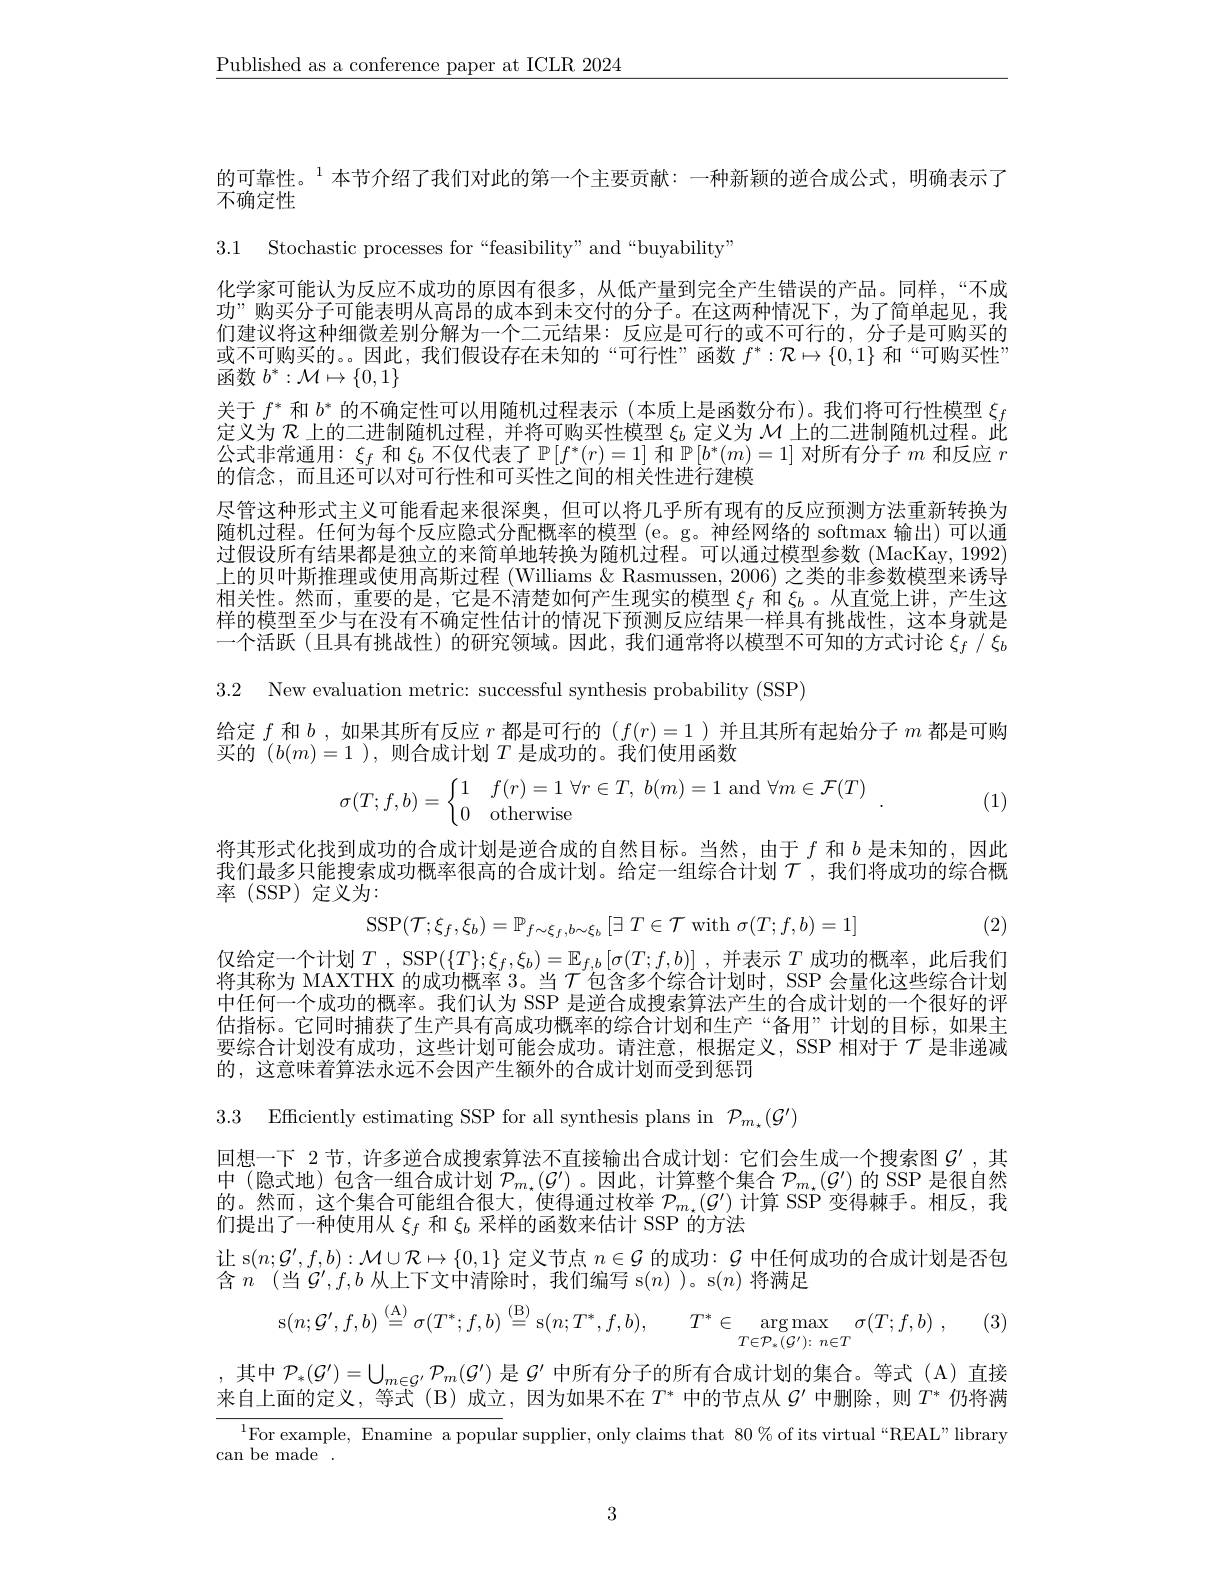
$\underline{\text{Published as a conference paper at ICLR 2024}}$

的可靠性。$^{1}$本节介绍了我们对此的第一个主要贡献：一种新颖的逆合成公式，明确表示了
不确定性

3.1 Stochastic processes for“feasibility”and“buyability”

化学家可能认为反应不成功的原因有很多，从低产量到完全产生错误的产品。同样，“不成功”购买分子可能表明从高昂的成本到未交付的分子。在这两种情况下，为了简单起见，我们建议将这种细微差别分解为一个二元结果：反应是可行的或不可行的，分子是可购买的或不可购买的。。因此，我们假设存在未知的“可行性”函数$f^*:\mathcal{R}\mapsto\{0,1\}$和“可购买性” 函数$b^*:\mathcal{M}\mapsto\{0,1\}$
关于$f^*$和$b^*$的不确定性可以用随机过程表示 (本质上是函数分布)。我们将可行性模型$\xi_f$ 定义为$\mathcal{R}$上的二进制随机过程，并将可购买性模型$\xi_b$定义为$\mathcal{M}$上的二进制随机过程。此公式非常通用$:\xi_f$和$\xi_b$不仅代表了$\mathbb{P}[f^*(r)=1]$和$\mathbb{P}[b^*(m)=1]$对所有分子$m$和反应$r$ 的信念，而且还可以对可行性和可买性之间的相关性进行建模
尽管这种形式主义可能看起来很深奥，但可以将几乎所有现有的反应预测方法重新转换为随机过程。任何为每个反应隐式分配概率的模型(e。g。神经网络的 softmax 输出)可以通过假设所有结果都是独立的来简单地转换为随机过程。可以通过模型参数(MacKay,1992) 上的贝叶斯推理或使用高斯过程 (Williams & Rasmussen, 2006) 之类的非参数模型来诱导相关性。然而，重要的是，它是不清楚如何产生现实的模型$\xi_f$和$\xi_b$ 。从直觉上讲，产生这样的模型至少与在没有不确定性估计的情况下预测反应结果一样具有挑战性，这本身就是一个活跃 (且具有挑战性)的研究领域。因此，我们通常将以模型不可知的方式讨论$\xi_f/\xi_b$

3.2 New evaluation metric: successful synthesis probability (SSP)

给定$f$和$b$,如果其所有反应$r$都是可行的$(f(r)=1$ )并且其所有起始分子$m$都是可购
买的$(b(m)=1$ ),则合成计划$T$是成功的。我们使用函数
$$\sigma(T;f,b)=\begin{cases}1&f(r)=1\:\forall r\in T,\:b(m)=1\:\text{and}\forall m\in\mathcal{F}(T)\\0&\text{otherwise}\end{cases}.$$
(1)

将其形式化找到成功的合成计划是逆合成的自然目标。当然，由于$f$和$b$是未知的，因此我们最多只能搜索成功概率很高的合成计划。给定一组综合计划$\mathcal{T}$ ,我们将成功的综合概率(SSP)定义为：
$$\mathrm{SSP}(\mathcal{T};\xi_{f},\xi_{b})=\mathbb{P}_{f\sim\xi_{f},b\sim\xi_{b}}\left[\exists\:T\in\mathcal{T}\:\mathrm{with}\:\sigma(T;f,b)=1\right]$$
(2)

仅给定一个计划$T$ , SSP$(\{T\};\xi_f,\xi_b)=\mathbb{E}_{f,b}\left[\sigma(T;f,b)\right]$ ,并表示 $T$ 成功的概率，此后我们将其称为 MAXTHX 的成功概率 3。当$\mathcal{T}$包含多个综合计划时，SSP 会量化这些综合计划中任何一个成功的概率。我们认为 SSP 是逆合成搜索算法产生的合成计划的一个很好的评估指标。它同时捕获了生产具有高成功概率的综合计划和生产“备用”计划的目标，如果主要综合计划没有成功，这些计划可能会成功。请注意，根据定义，SSP 相对于$\mathcal{T}$是非递减的，这意味着算法永远不会因产生额外的合成计划而受到惩罚

3.3 Efficiently estimating SSP for all synthesis plans in $\mathcal{P}_{m_\star}(\mathcal{G}^{\prime})$

回想一下 2 节，许多逆合成搜索算法不直接输出合成计划：它们会生成一个搜索图$\mathcal{G}^{\prime}$,其中(隐式地)包含一组合成计划$P_m_*(\mathcal{G}^{\prime})$。因此，计算整个集合$P_m_*(\mathcal{G}^{\prime})$的 SSP 是很自然的。然而，这个集合可能组合很大，使得通过枚举$\mathcal{P}_m_{\star}(\mathcal{G}^{\prime})$计算 SSP 变得棘手。相反，我们提出了一种使用从$\xi_f$和$\xi_b$采样的函数来估计 SSP 的方法
让 s$(n;\mathcal{G}^\prime,f,b):\mathcal{M}\cup\mathcal{R}\mapsto\{0,1\}$定义节点$n\in\mathcal{G}$的成功$:\mathcal{G}$中任何成功的合成计划是否包
含$n$ (当$\mathcal{G}^\prime,f,b$从上下文中清除时，我们编写 s$(n)$ )。s$(n)$将满足
$$\mathrm{s}(n;\mathcal{G}^{\prime},f,b)\stackrel{\mathrm{(A)}}{=}\sigma(T^{*};f,b)\stackrel{\mathrm{(B)}}{=}\mathrm{s}(n;T^{*},f,b),\quad T^{*}\in\mathop{\mathrm{arg}\operatorname*{max}}_{T\in\mathcal{P}_{*}(\mathcal{G}^{\prime}):\:n\in T}\sigma(T;f,b)\:,$$
,其中$\mathcal{P}_*(\mathcal{G}^{\prime})=\bigcup_{m\in\mathcal{G}^{\prime}}\mathcal{P}_m(\mathcal{G}^{\prime})$是$\mathcal{G}^\prime$中所有分子的所有合成计划的集合。等式 (A)直接来自上面的定义，等式 (B)成立，因为如果不在$T^*$中的节点从$\mathcal{G}^\prime$中删除，则$T^*$仍将满
$^{1}$For example, Enamine a popular supplier, only claims that 80% of its virtual “REAL”library
$\operatorname{can}$be made.

3